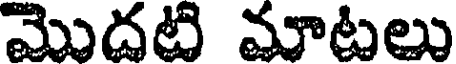
మొదటి మాటలు